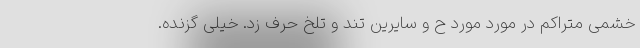
خشمی متراکم در مورد مورد ح و سایرین تند و تلخ حرف زد. خیلی گزنده.